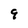
Character: 9